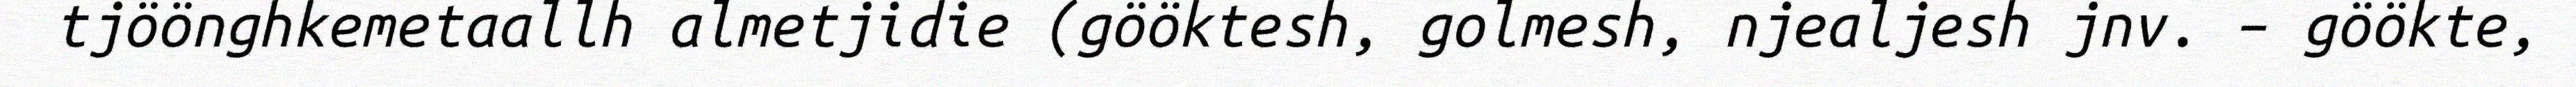
tjöönghkemetaallh almetjidie (gööktesh, golmesh, njealjesh jnv. – göökte,